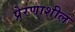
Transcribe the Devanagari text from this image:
प्रेरणाशील